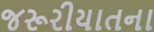
જરૂરીયાતના